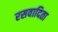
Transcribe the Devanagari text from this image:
रसवादिता